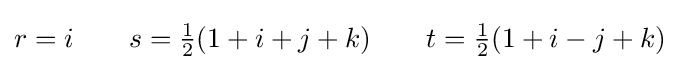
r=i\qquad s={\tfrac {1}{2}}(1+i+j+k)\qquad t={\tfrac {1}{2}}(1+i-j+k)